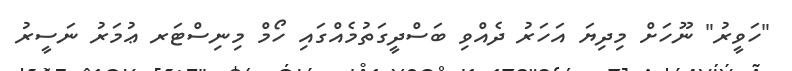
"ހަވީރު" ނޫހަށް މިދިޔަ އަހަރު ދެއްވި ބަސްދީގަތުމެއްގައި ހޯމް މިނިސްޓަރ ޢުމަރު ނަސީރު